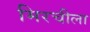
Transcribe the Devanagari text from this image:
मिरचीला